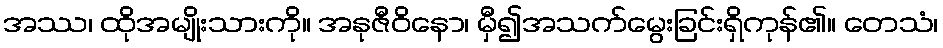
အဿ၊ ထိုအမျိုးသားကို။ အနုဇီဝိနော၊ မှီ၍အသက်မွေးခြင်းရှိကုန်၏။ တေသံ၊